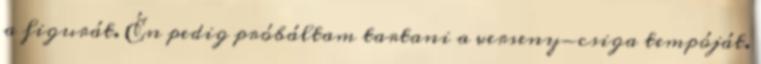
a figurát. Én pedig próbáltam tartani a verseny-csiga tempóját.